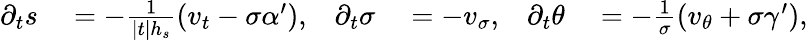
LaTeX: \begin{array}{rlrlrl}{\partial_{t}s}&{{}=-\frac{1}{|t|h_{s}}\left(v_{t}-\sigma\alpha^{\prime}\right),}&{\partial_{t}\sigma}&{{}=-v_{\sigma},}&{\partial_{t}\theta}&{{}=-\frac{1}{\sigma}(v_{\theta}+\sigma\gamma^{\prime}),}\end{array}